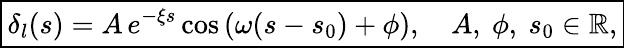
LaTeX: \begin{array}{r}{\boxed{\delta_{l}(s)=A\, e^{-\xi s}\cos\left(\omega(s-s_{0})+\phi\right),\quad A,\ \phi,\ s_{0}\in\mathbb{R},}}\end{array}